King Institute of Preventive Medicine Micro-Biological Section reports 1912-19
Year: 1912
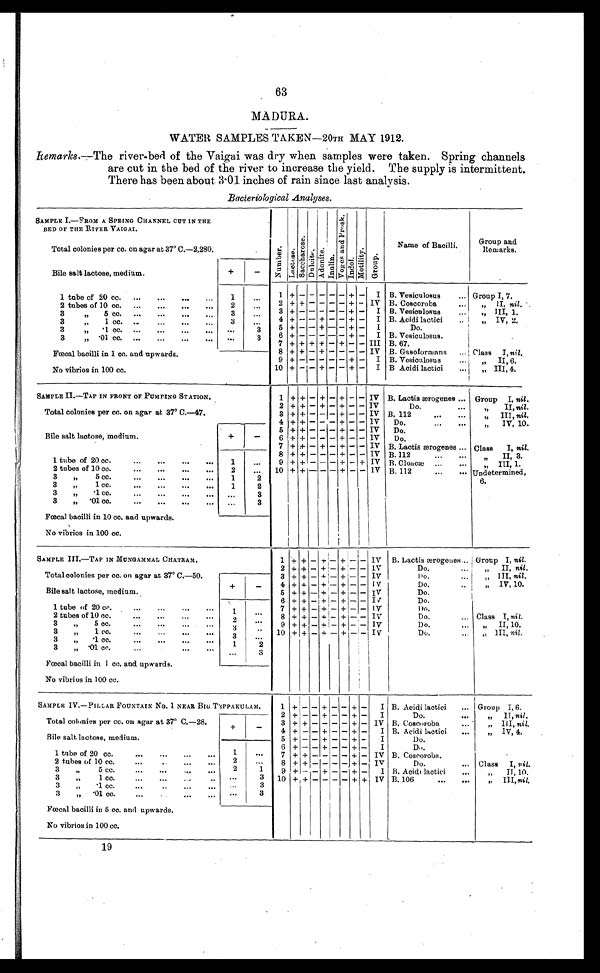
63
MADURA.
WATER SAMPLES TAKEN—20TH MAY 1912.
Remarks.--The river-bed of the Vaigai was dry when samples were taken. Spring channels
are cut in the bed of the river to increase the yield. The supply is intermittent.
There has been about 3·01 inches of rain since last analysis.
Bacteriological Analyses.
SAMPLE I.—FROM A SPRING CHANNEL CUT IN THE
BED OF THE RIVER VAIGAI.
Nu mb e r . Lact ose.
Sa c c ha r os e .
Dul ci t e.
Adoni t e. Inul i n.
V o g e l a n d p r o s k .
Indol.
Mot i l i t y.
Gr o u p .
Name of Bacilli.
Group and
Remarks.
Total colonies per cc. on agar at 37º C.—2,280.
Bile salt lactose, medium.
+
-
1 tube of 20 cc.
1 .
1 + - - - - - + -
I B. Vesiculosus
Group I, 7.
2 + + - - - - + - IV B. Coscoroba
,, II, nil.
2 tubes of 10 cc.
2
.
3 + - - - - - + -
I B. Vesiculosus
,,
III, 1.
3
,,
5 cc.
3
4 + - - + - - + -
I B. Acidi lactici
..
„ IV, 2.
3
1 cc.
3
...
3 .1cc.
.
3
5 + - - + - - + -
I
Do.
6 + - - - - - + -
I B. Vesiculosus.
3
, , . 01cc.
.
3
7 + + + + - + - - III B.67.
F o e c a l b a c i l l i i n 1 c c . a n d u p w a r d s
Foetal
an.
bacilli
9
+ - - - + - + - IV B. Gasoformans
Class I, nil.
9 +
+ — I B. Vesiculosus
...
„ II, 6.
100
No vibrios in
cc.
10 + - - + - - + -
I B Acidi lactici
... „ III, 4.
SAMPLE II.—TAP IN FRONT OF PUMPING STATION.
1 + + - + - + - - IV B. Lactisærogenes
Group
I, nil.
Total colonies per cc. on agar at 37º C.—47.
2 + + - + - + - - IV
Do.
,,
II, nil.
3 + + - - - + - - IV B. 112
,, III, nil.
Bile salt lactose, medium.
+
-
4 + + - - - + - - IV Do. .. ..
,,
IV, 10.
5 + + - - - + - - IV Do.
6 + + - - - + - - IV
Do.
7 + + - + - + - - IV B. Lactis æerogenes Class I, nil.
1 tube of 20 cc.
1
..
8 + + - - - + - - IV B.112
„
II, 3.
9 + + - - - + - + IV B. Cloncæ
,,
III, 1.
2 tubes of 10 cc.
...
...
...
...
2
...
10 + + - - - + - - IV B. 112
Undetermined,
6.
3
„
5 cc.
1
2
3
„
1 cc.
1
2
3
„
.1 cc.
.
3
3
„
.01 cc.
.
3
Foecal bacilli in 10 cc. and upwards.
No vibrios in 100 cc.
SAMPLE III.—TAP IN MUNGAMMAL CHATRAM.
1 + + - + - + - - IV B. Lactis ærogenes. Group I, nil.
2 + + - + + - + - - IV
Do.
,, II, nil.
Total colonies per cc. on agar at 37º C.—50.
3 + + - + - + - - IV
Do. ,, III, nil.
Bile salt lactose, medium.
+
_
4 + + - + - + - - IV
Do.
,, IV, 10.
5 + + - + - + - - IV
Do.
1 tube of 20 cc.
...
...
...
...
1
.
6 + + - + - + - - IV
Do.
7 + + - + - +++ - - IV
D o .
8 + + - + - + - - IV
Do. ...
Class I, nil.
2 tubes of 10 cc.
..
..
.....
2
9 + + - + - + - - IV
Do.
II, 10.
3
„
5 cc.
...
...
...
...
3
.
10 + + - + -
+
- - IV
Do.
,,
III , nil.
3
„
1 cc.
••.
•••
•••
•••
3
.
3
,, .1. cc. .........
1
2
3
„
'01 cc.
.
3
Foetal bacilli in 1 cc. and upwards.
No vibrios in 100 cc.
SAMPLE IV.—PILLAR FOUNTAIN No. 1 NEAR BIG TEPPAKULAM.
1 + - - + - - + -
I B. Acidi lactici
... Group I, 6.
Total colonies per cc. on agar at 37° C.—28
2
+ - - + - - + -
I
Do.
...
„ II, nil.
3 + + - - - - + - IV B. Coscoroba
...
„ III, nil.
Bile salt lactose, medium.
+
-
4 + - - + - - + -
I B. Acidi lactici
...
„ IV, 4.
5 + - - + - - + -
I
D o .
1 tube of 20 cc.
1
.
6 + - - + - - + -
I
D o .
7 + + - - - - + - IV B. Coscoroba.
2 tubes of 10 cc.
...
...
2
.
8 + + - - - - + - IV
Do.
... Class I, nil.
3
„
5 cc.
...
...
... ...
2
1
9 + - - + - - + -
1 B. Acidi lactici ...
„
II, 10.
3
„
1 cc.
...
...
..
.
3 10 + + - - - - +
-
IV B. 106
III, nil.
3
,, .1 cc. ... .. ... ...
.
3
3
„ . 0 1 c c .
. . .
...
3
Foecal bacilli in 5 cc. and upwards.
No vibrios in 100 cc.
19